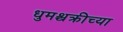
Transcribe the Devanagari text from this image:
धुमश्चक्रीच्या